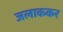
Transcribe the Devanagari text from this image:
जलाककर